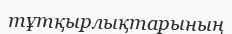
тұтқырлықтарының